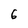
Character: 6